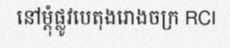
នៅម្តុំផ្លូវបេតុងរោងចក្រ RCI